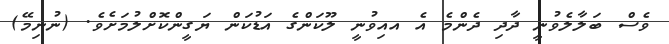
ވެސް ބަލާލެވުނީ ދާދި ދެންމެ އެ އއިވުނީ ލޫކަންގެ އަޑުކަން ޔަގީންކޮށްލުމަށެވެ. (ނުނިމޭ)